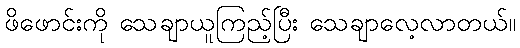
ဖိဖောင်းကို သေချာယူကြည့်ပြီး သေချာလေ့လာတယ်။